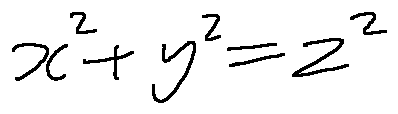
x ^ { 2 } + y ^ { 2 } = z ^ { 2 }